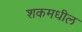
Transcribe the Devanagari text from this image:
शकमधील